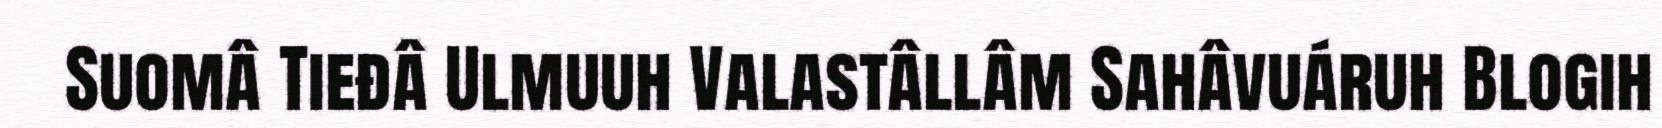
Suomâ Tieđâ Ulmuuh Valastâllâm Sahâvuáruh Blogih